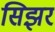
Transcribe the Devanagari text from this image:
सिझर